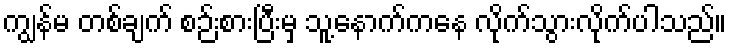
ကျွန်မ တစ်ချက် စဉ်းစားပြီးမှ သူ့နောက်ကနေ လိုက်သွားလိုက်ပါသည်။